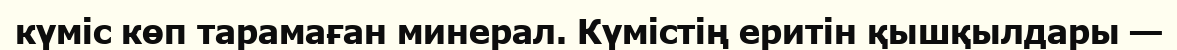
күміс көп тарамаған минерал. Күмістің еритін қышқылдары —